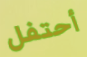
أحتفل